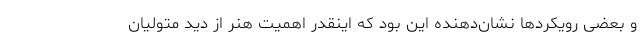
و بعضی رویکردها نشان‌دهنده این بود که اینقدر اهمیت هنر از دید متولیان